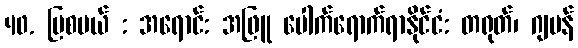
40. မြစပယ် : အရောင်: အဖြူ ပေါက်ရောက်ရာနိုင်ငံ: တရုတ်၊ ဂျပန်